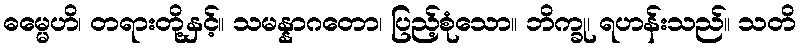
ဓမ္မေဟိ၊ တရားတို့နှင့်။ သမန္နာဂတော၊ ပြည့်စုံသော။ ဘိက္ခု၊ ရဟန်းသည်။ သတိ